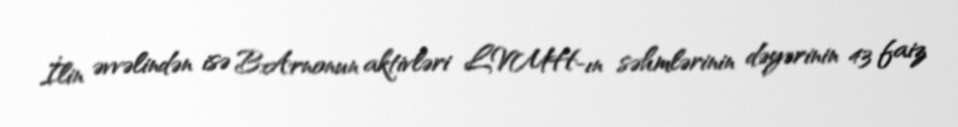
İlin əvvəlindən isə B.Arnonun aktivləri LVMH-ın səhmlərinin dəyərinin 43 faiz